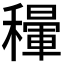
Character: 𥣐